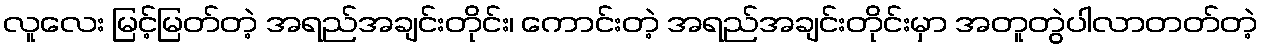
လူလေး မြင့်မြတ်တဲ့ အရည်အချင်းတိုင်း၊ ကောင်းတဲ့ အရည်အချင်းတိုင်းမှာ အတူတွဲပါလာတတ်တဲ့